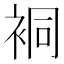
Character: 𧙥